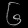
Digit: ၆